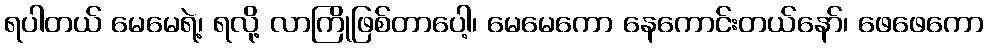
ရပါတယ် မေမေရဲ့၊ ရလို့ လာကြိုဖြစ်တာပေါ့၊ မေမေကော နေကောင်းတယ်နော်၊ ဖေဖေကော